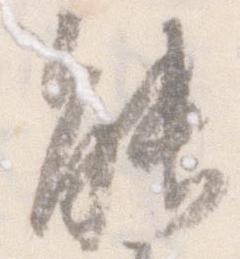
能